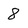
Character: 8